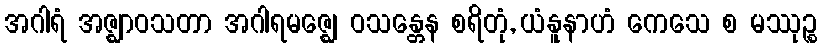
အဂါရံ အဇ္ဈာဝသတာ အဂါရမဇ္ဈေ ဝသန္တေန စရိတုံ, ယံနူနာဟံ ကေသေ စ မဿုဉ္စ